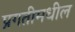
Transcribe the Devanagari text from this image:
प्रगतीमधील